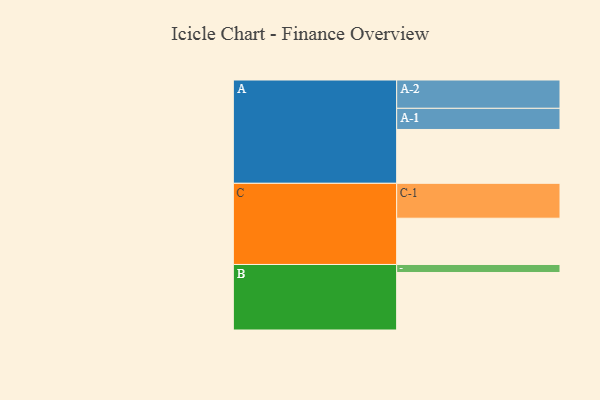
{"axis": {"x": "Segment", "y": "Value"}, "legend": ["", "A", "B", "C"], "data": [{"x": "A", "y": 369, "type": ""}, {"x": "B", "y": 394, "type": ""}, {"x": "C", "y": 317, "type": ""}, {"x": "A-1", "y": 145, "type": "A"}, {"x": "A-2", "y": 194, "type": "A"}, {"x": "B-1", "y": 55, "type": "B"}, {"x": "C-1", "y": 239, "type": "C"}]}